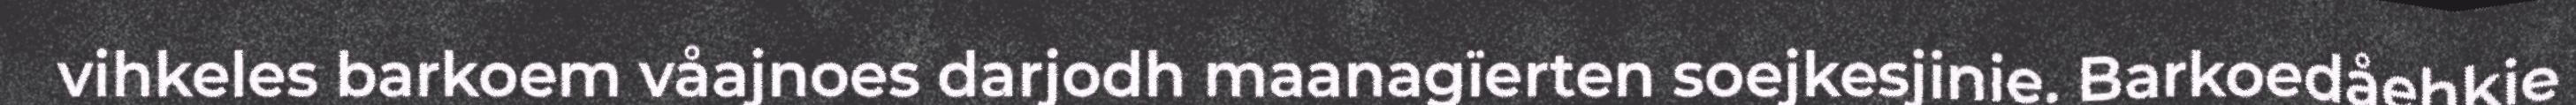
vihkeles barkoem våajnoes darjodh maanagïerten soejkesjinie. Barkoedåehkie